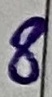
Text: 8